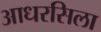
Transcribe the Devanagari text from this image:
आधरसिला